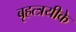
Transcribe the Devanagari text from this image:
बृहत्त्रयीके